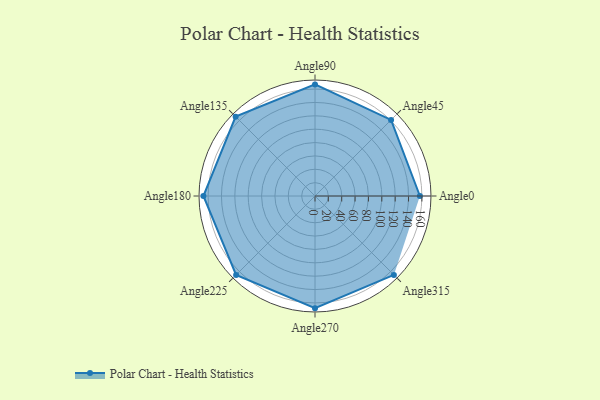
{"axis": {"x": "Angle", "y": "Radius"}, "legend": [""], "data": [{"x": "Angle0", "y": 157.0, "type": ""}, {"x": "Angle45", "y": 161.0, "type": ""}, {"x": "Angle90", "y": 167.0, "type": ""}, {"x": "Angle135", "y": 168.0, "type": ""}, {"x": "Angle180", "y": 167.0, "type": ""}, {"x": "Angle225", "y": 167.0, "type": ""}, {"x": "Angle270", "y": 168.0, "type": ""}, {"x": "Angle315", "y": 167.0, "type": ""}]}